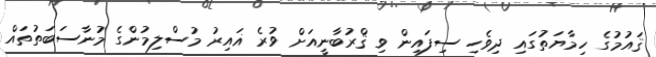
ޤައުމުގެ ހިމާޔަތުގައި ދިވެހި ސިފައިން ވި ޤްރުބާނީއަށް ވުރެ ޣައިރު މުސްލިމުންގެ މުނާސަބަތުތައް